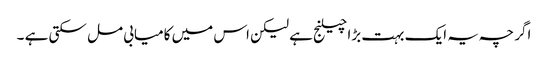
اگر چہ یہ ایک بہت بڑا چیلنج ہے لیکن اس میں کامیابی مل سکتی ہے ۔